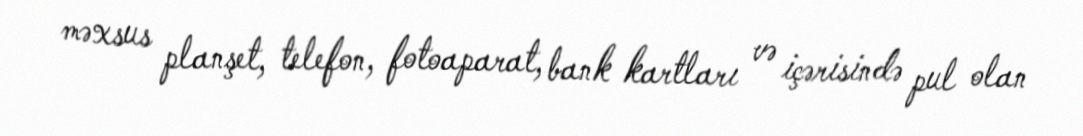
məxsus planşet, telefon, fotoaparat, bank kartları və içərisində pul olan